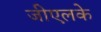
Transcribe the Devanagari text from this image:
जीएलके